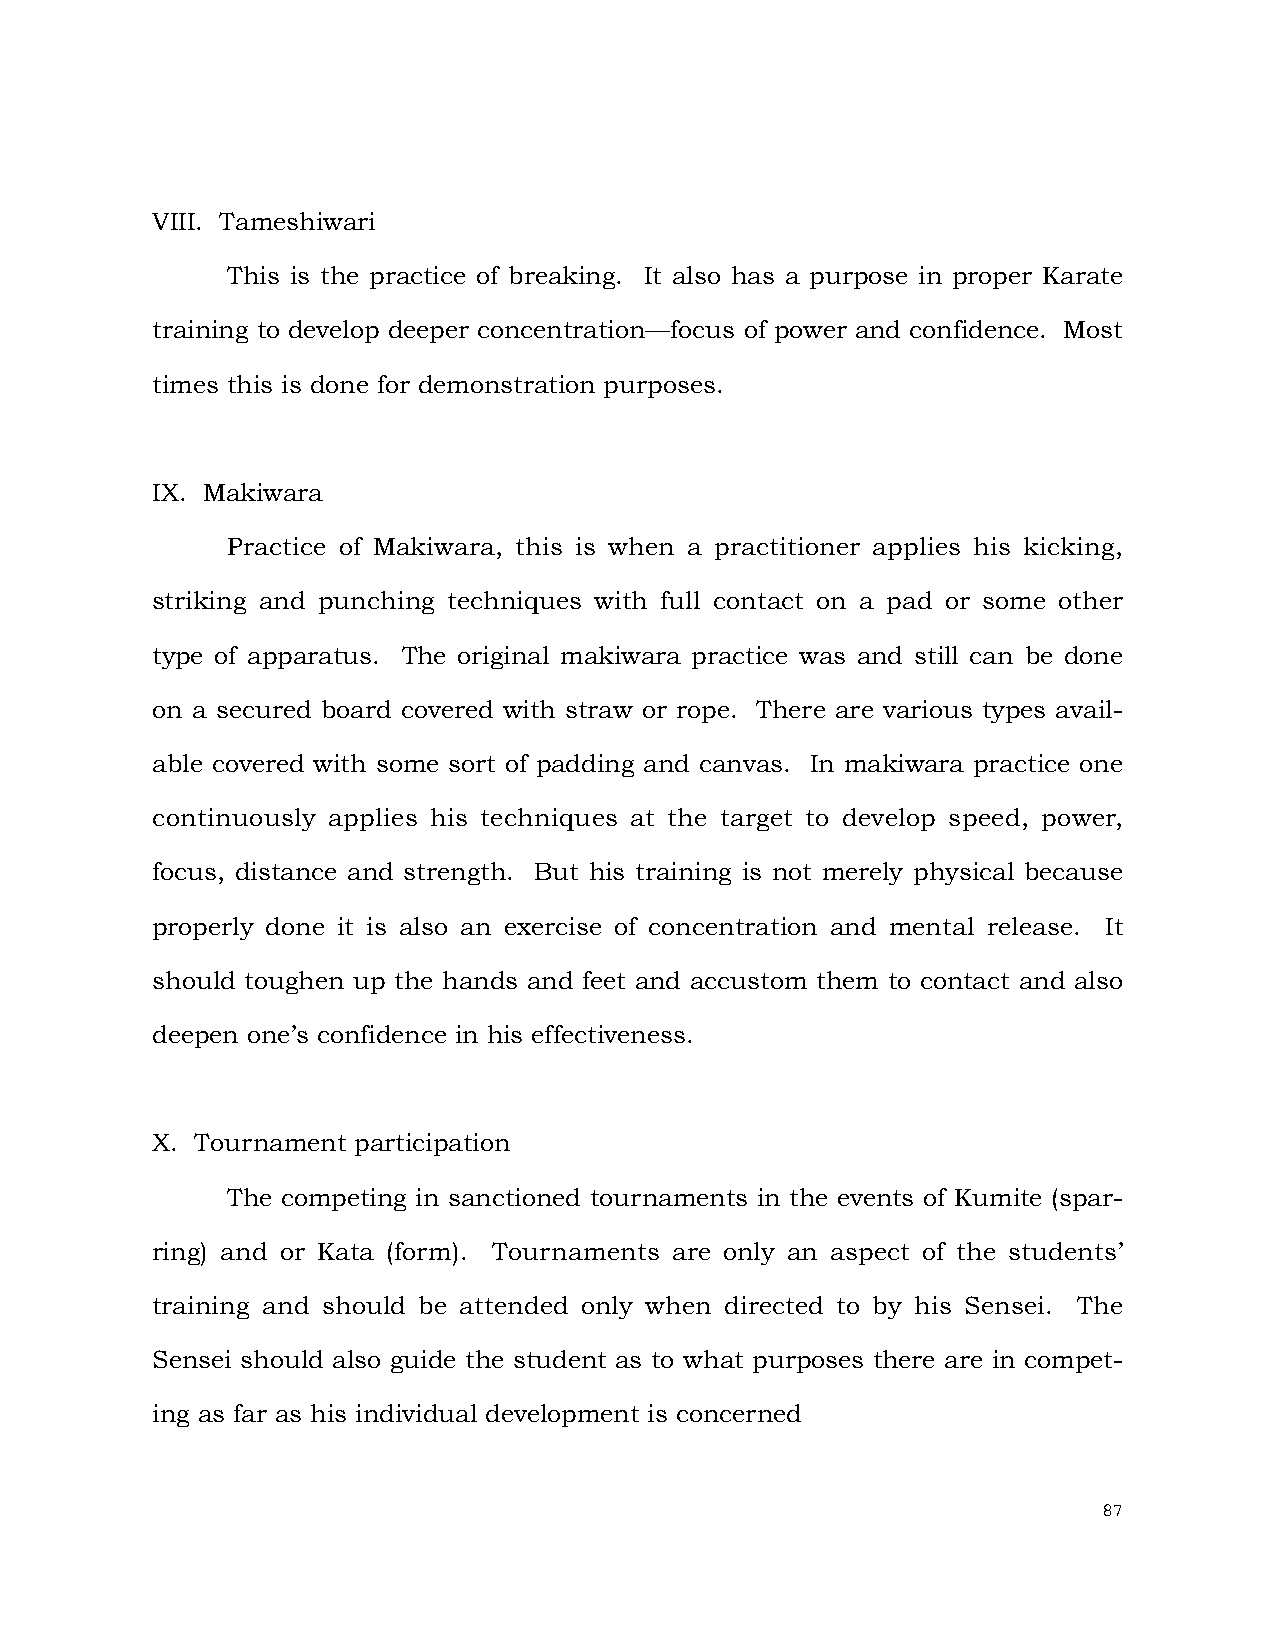
VIII. Tameshiwari
 This is the practice of breaking. It also has a purpose in proper Karate
 training to develop deeper concentration—focus of power and confidence. Most
 times this is done for demonstration purposes.
 IX. Makiwara
 Practice of Makiwara, this is when a practitioner applies his kicking,
 striking and punching techniques with full contact on a pad or some other
 type of apparatus. The original makiwara practice was and still can be done
 on a secured board covered with straw or rope. There are various types avail-
 able covered with some sort of padding and canvas. In makiwara practice one
 continuously applies his techniques at the target to develop speed, power,
 focus, distance and strength. But his training is not merely physical because
 properly done it is also an exercise of concentration and mental release. It
 should toughen up the hands and feet and accustom them to contact and also
 deepen one’s confidence in his effectiveness.
 X. Tournament participation
 The competing in sanctioned tournaments in the events of Kumite (spar-
 ring) and or Kata (form). Tournaments are only an aspect of the students’
 training and should be attended only when directed to by his Sensei. The
 Sensei should also guide the student as to what purposes there are in compet-
 ing as far as his individual development is concerned
 87